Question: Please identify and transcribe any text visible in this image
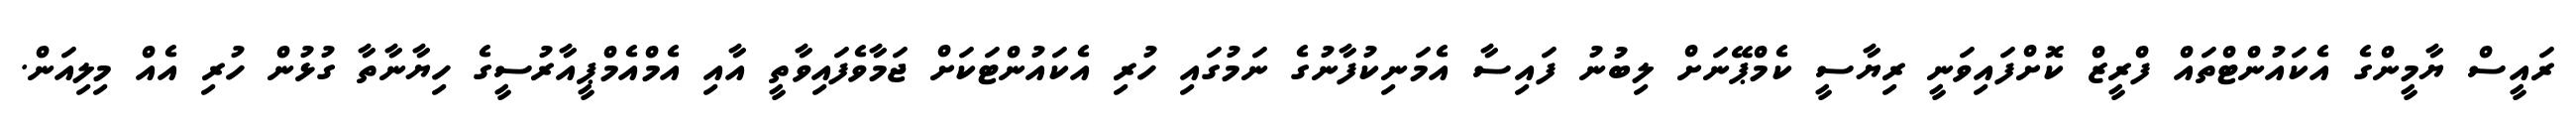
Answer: ރައީސް ޔާމީންގެ އެކައުންޓްތައް ފްރީޒް ކޮށްފައިވަނީ ރިޔާސީ ކެމްޕޭނަށް ލިބުނު ފައިސާ އެމަނިކުފާނުގެ ނަމުގައި ހުރި އެކައުންޓަކަށް ޖަމާވެފައިވާތީ އާއި އެމްއެމްޕީއާރުސީގެ ހިޔާނާތާ ގުޅުން ހުރި އެއް މިލިއަން.